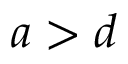
a > d